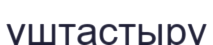
үштастыру